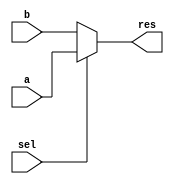

module MUX5
(
	input[4:0] a, b, 
	input sel,
	output [4:0] res);
assign res = sel ? a : b ;
endmodule